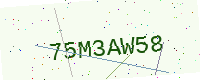
Text: 75M3AW58